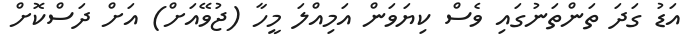
އަޑު ގަދަ ތަންތަނުގައި ވެސް ކިޔަވަން އަމިއްލަ މީހާ (ޖުވޭއަށް) އަށް ދަސްކޮށް